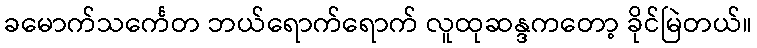
ခမောက်သင်္ကေတ ဘယ်ရောက်ရောက် လူထုဆန္ဒကတော့ ခိုင်မြဲတယ်။